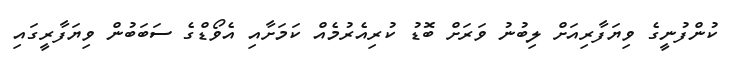
ކުންފުނީގެ ވިޔަފާރިއަށް ލިބުނު ވަރަށް ބޮޑު ކުރިއެރުމެއް ކަމަށާއި އެވޯޑްގެ ސަބަބުން ވިޔަފާރީގައި